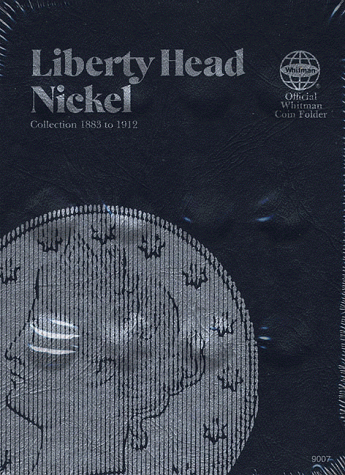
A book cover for Coin Folders Nickels: Liberty Head (Official Whitman Coin Folder); Whitman Publishing; Crafts, Hobbies & Home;